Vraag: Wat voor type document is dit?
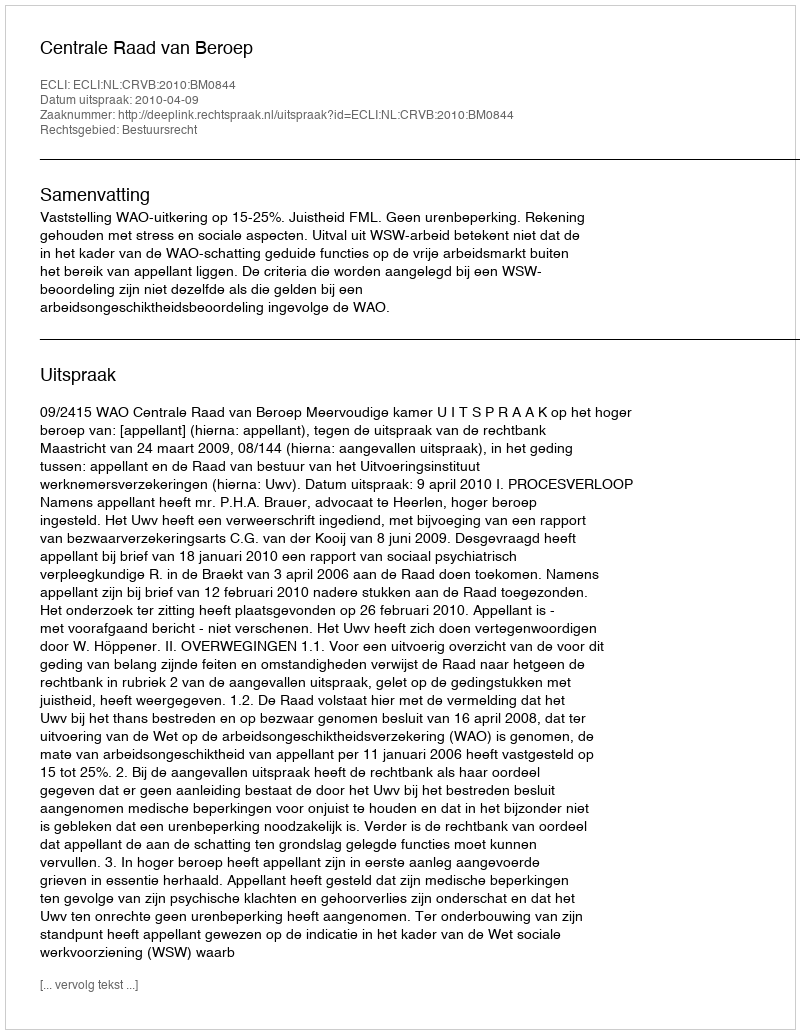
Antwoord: Uitspraak